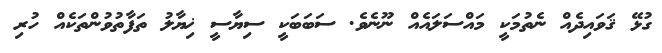
ގުޅޭ ޤަވައިދެއް ނެތުމަކީ މައްސަލައެއް ނޫނެވެ. ސަބަބަކީ ސިޔާސީ ޚިޔާލު ތަފާތުވުންތަކެއް ހުރި